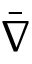
\bar { \nabla }